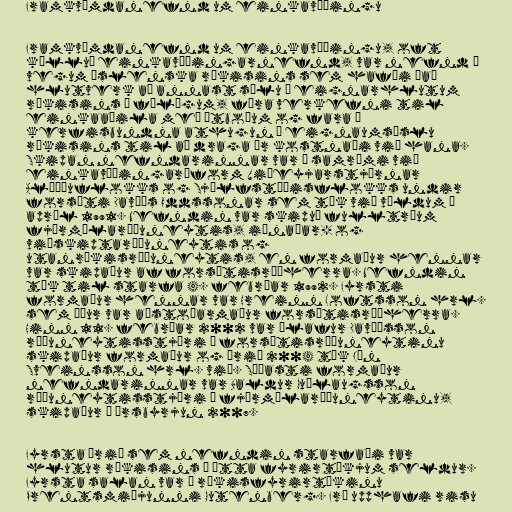
Framkvæmdanefnd um einkavæðingu

Framkvæmdanefnd um einkavæðingu, oft
kölluð einkavæðingarnefnd, var nefnd á
vegum íslenska ríkisins sem hafði það
hlutverk að annast sölu á eignarhlutum
ríkisins í félögum, færa verkefni til
einkaaðila með útboðum og fara í
kerfisbundna athugun á eignaumsýslu
ríkisins til að draga úr kostnaði við hana.
Skipan nefndarinnar var í samræmi við
einkavæðingaráform Viðeyjarstjórnar
Alþýðuflokks og Sjálfstæðisflokks undir
forsæti Davíðs Oddssonar sem tók við völdum í
apríl 1991. Nefndin var skipuð fulltrúum
fjármálaráðuneytis, iðnaðar- og
viðskiptaráðuneytis og
utanríkisráðuneytis, en formaður hennar
var skipaður af forsætisráðherra. Nefndin
tók til starfa 4. febrúar 1992. Fyrsti
formaður hennar var Hreinn Loftsson hrl.
sem áður var aðstoðarmaður forsætisráðherra.
Hinn 11. febrúar 2002 var Ólafur Davíðsson
ráðuneytisstjóri í forsætisráðuneytinu
skipaður formaður og árið 2004 tók Jón
Sveinsson hrl. við. Síðasti formaður
nefndarinnar var Baldur Guðlaugsson
ráðuneytisstjóri í fjármálaráðuneytinu,
skipaður í ársbyrjun 2007.

Fyrsta árið sem nefndin starfaði var
hlutur ríkisins í átta fyrirtækjum seldur.
Fyrsta salan var á ríkisfyrirtækinu
Prentsmiðjunni Gutenberg. Frá upphafi risu